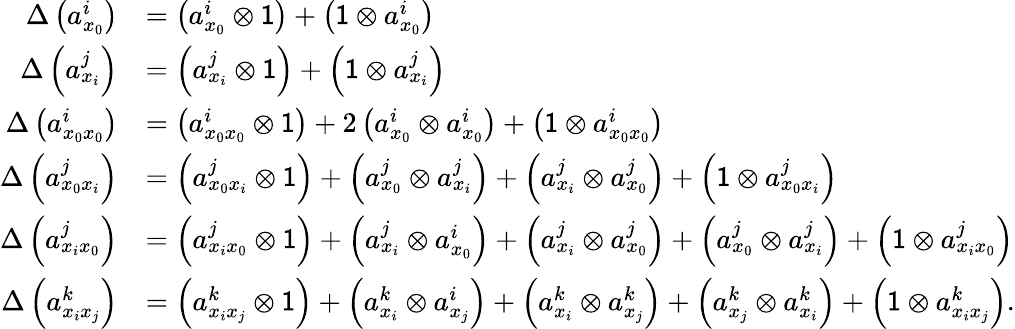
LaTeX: \begin{array}{rl}{\Delta\left(a_{x_{0}}^{i}\right)}&{=\left(a_{x_{0}}^{i}\otimes\mathsf{1}\right)+\left(\mathsf{1}\otimes a_{x_{0}}^{i}\right)}\\ {\Delta\left(a_{x_{i}}^{j}\right)}&{=\left(a_{x_{i}}^{j}\otimes\mathsf{1}\right)+\left(\mathsf{1}\otimes a_{x_{i}}^{j}\right)}\\ {\Delta\left(a_{x_{0}x_{0}}^{i}\right)}&{=\left(a_{x_{0}x_{0}}^{i}\otimes\mathsf{1}\right)+2\left(a_{x_{0}}^{i}\otimes a_{x_{0}}^{i}\right)+\left(\mathsf{1}\otimes a_{x_{0}x_{0}}^{i}\right)}\\ {\Delta\left(a_{x_{0}x_{i}}^{j}\right)}&{=\left(a_{x_{0}x_{i}}^{j}\otimes\mathsf{1}\right)+\left(a_{x_{0}}^{j}\otimes a_{x_{i}}^{j}\right)+\left(a_{x_{i}}^{j}\otimes a_{x_{0}}^{j}\right)+\left(\mathsf{1}\otimes a_{x_{0}x_{i}}^{j}\right)}\\ {\Delta\left(a_{x_{i}x_{0}}^{j}\right)}&{=\left(a_{x_{i}x_{0}}^{j}\otimes\mathsf{1}\right)+\left(a_{x_{i}}^{j}\otimes a_{x_{0}}^{i}\right)+\left(a_{x_{i}}^{j}\otimes a_{x_{0}}^{j}\right)+\left(a_{x_{0}}^{j}\otimes a_{x_{i}}^{j}\right)+\left(\mathsf{1}\otimes a_{x_{i}x_{0}}^{j}\right)}\\ {\Delta\left(a_{x_{i}x_{j}}^{k}\right)}&{=\left(a_{x_{i}x_{j}}^{k}\otimes\mathsf{1}\right)+\left(a_{x_{i}}^{k}\otimes a_{x_{j}}^{i}\right)+\left(a_{x_{i}}^{k}\otimes a_{x_{j}}^{k}\right)+\left(a_{x_{j}}^{k}\otimes a_{x_{i}}^{k}\right)+\left(\mathsf{1}\otimes a_{x_{i}x_{j}}^{k}\right).}\end{array}